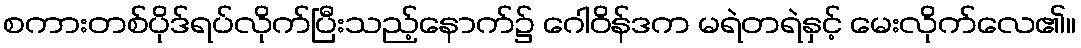
စကားတစ်ပိုဒ်ရပ်လိုက်ပြီးသည့်နောက်၌ ဂေါဝိန်ဒက မရဲတရဲနှင့် မေးလိုက်လေ၏။